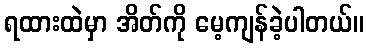
ရထားထဲမှာ အိတ်ကို မေ့ကျန်ခဲ့ပါတယ်။